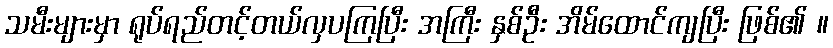
သမီးများမှာ ရုပ်ရည်တင့်တယ်လှပကြပြီး အကြီး နှစ်ဦး အိမ်ထောင်ကျပြီး ဖြစ်၏ ။